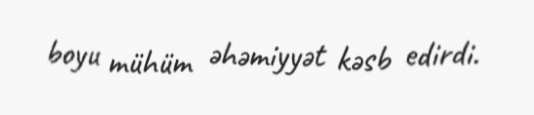
boyu mühüm əhəmiyyət kəsb edirdi.